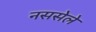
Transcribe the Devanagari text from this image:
नससेले